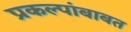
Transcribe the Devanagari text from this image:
प्रकल्पांबाबत